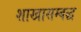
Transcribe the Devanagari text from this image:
शाखासम्बद्ध